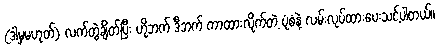
(ဒါမှမဟုတ်) လက်တွဲချိတ်ပြီး ဟိုဘက် ဒီဘက် ကာထားလိုက်တဲ့ ပုံစံနဲ့ လမ်းလုပ်ထားပေးသင့်ပါတယ်။